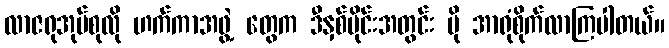
လာဇရုအုပ်စုလို ဟက်ကာအဖွဲ့ တွေက ဒီနှစ်ပိုင်းအတွင်း ပို အာရုံစိုက်လာကြပါတယ်။